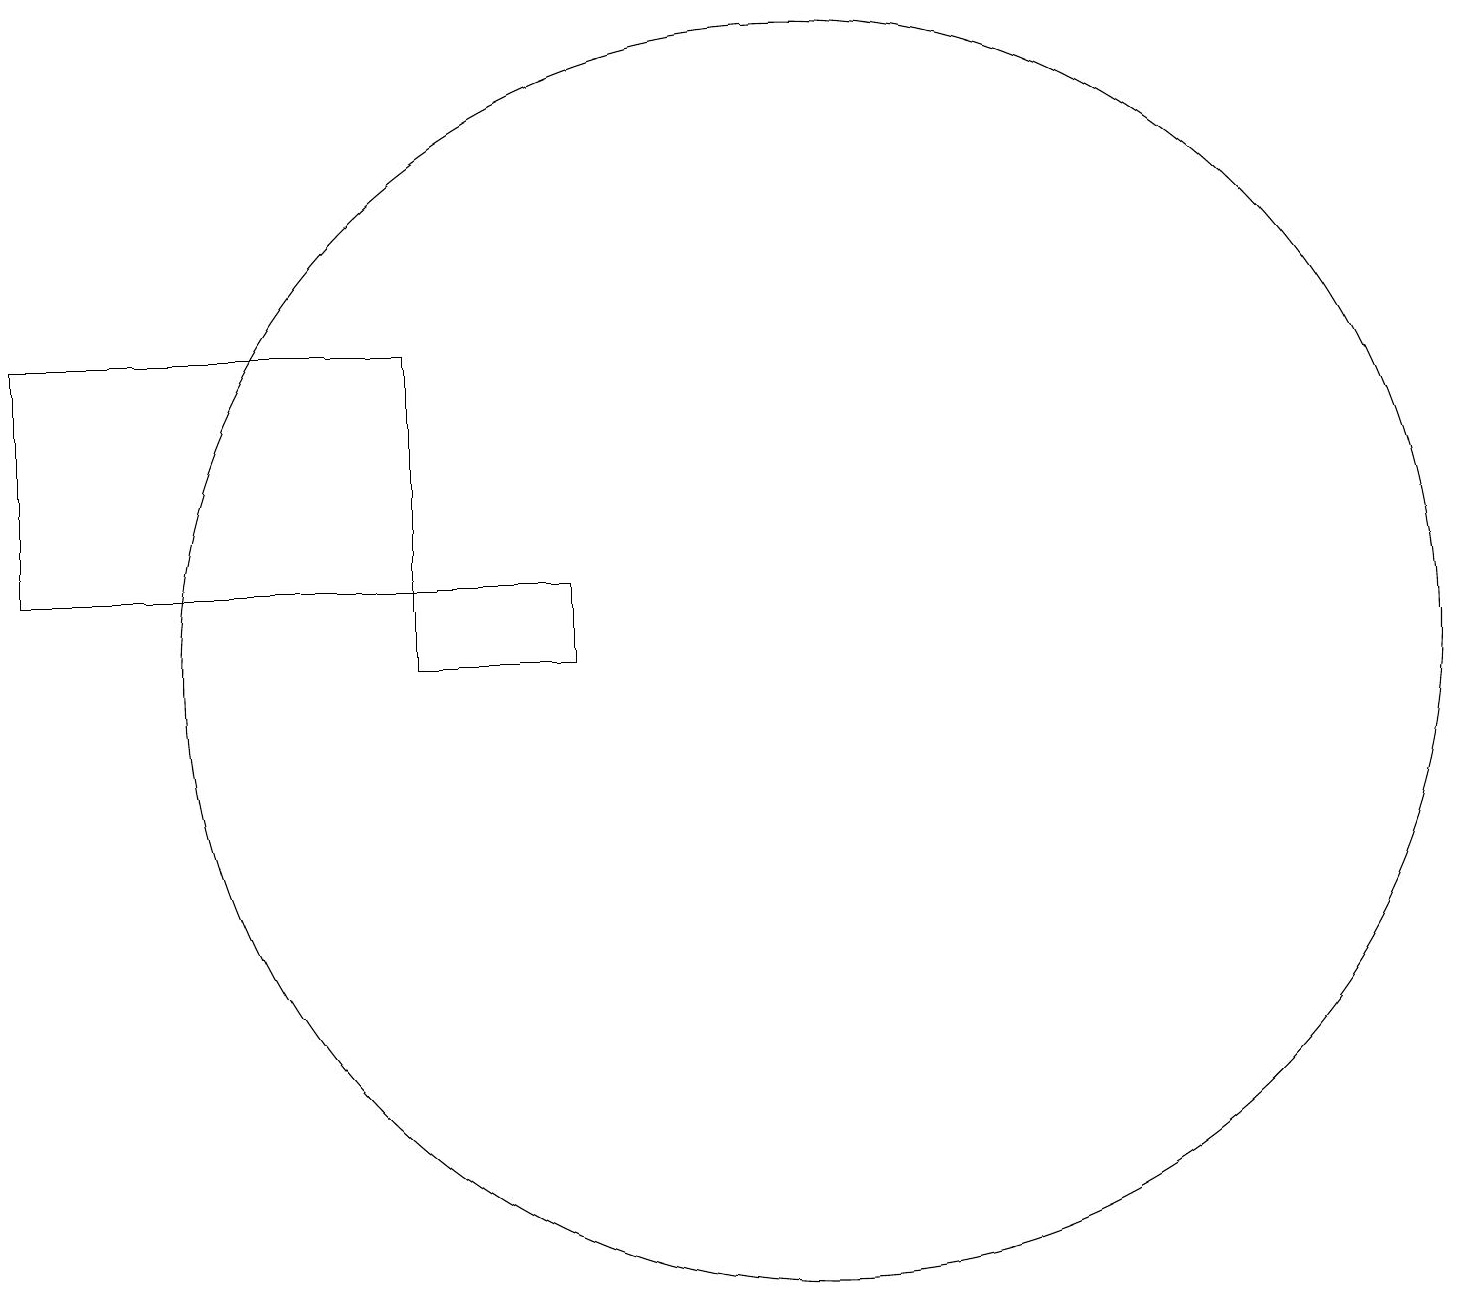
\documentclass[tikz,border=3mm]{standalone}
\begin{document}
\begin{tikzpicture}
\draw (7,10) rectangle (5,11);
\draw (10,10) circle (8);
\draw (0,14) rectangle (5,11);
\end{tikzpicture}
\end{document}